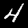
Digit: 4